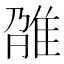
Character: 𨾫